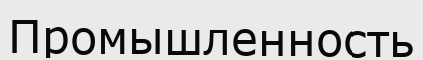
Промышленность